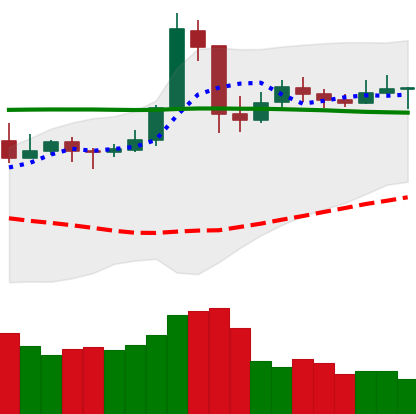
Ticker: NEO-USD
Chart end date: 2020-05-19
Forward return: -5.29%
Label: down_5_7